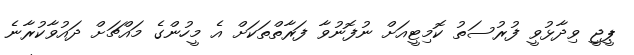
ޕީޖީ ވިދާޅުވީ ފުރުސަތު ކޮމިޓީއަށް ނުފޮނުވާ ފަރާތްތަކަށް އެ މީހުންގެ މައްޗަށް ދައުވާކުރާނެ